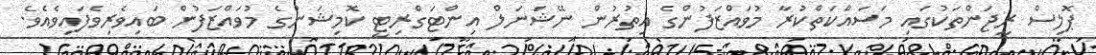
ޕޮލިސް ރީޖަންތަކުގައި މަސައްކަތްކުރާ މުވައްޒަފުންގެ އިތުރުން ނޭޝަނަލް އިންޓަގްރިޓީ ކޮމިޝަންގެ މުވައްޒަފުން ބައިވެރިވެފައިވެއެވެ.